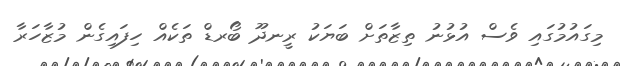
މިގައުމުގައި ވެސް އުޅުނު ތިޒާތަށް ބަޔަކު ރީނދޫ ބޯރޑް ތަކެއް ހިފައިގެން މުޒާހަރާ